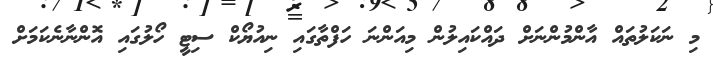
މި ނަކަލުތައް އާންމުންނަށް ދައްކައިލުން މިއަންނަ ހަފްތާގައި ނިއުޔޯކް ސިޓީ ހޯލުގައި އޮންނާނެކަމަށް